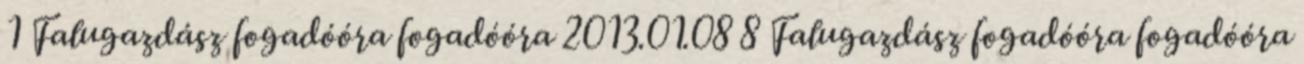
1 Falugazdász fogadóóra fogadóóra 2013.01.08 8 Falugazdász fogadóóra fogadóóra